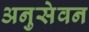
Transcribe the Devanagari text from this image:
अनुसेवन